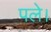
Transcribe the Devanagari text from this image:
पले।